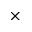
\times